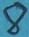
Text: 8